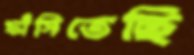
ফাঁসিতেছি